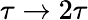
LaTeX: \tau\rightarrow 2\tau